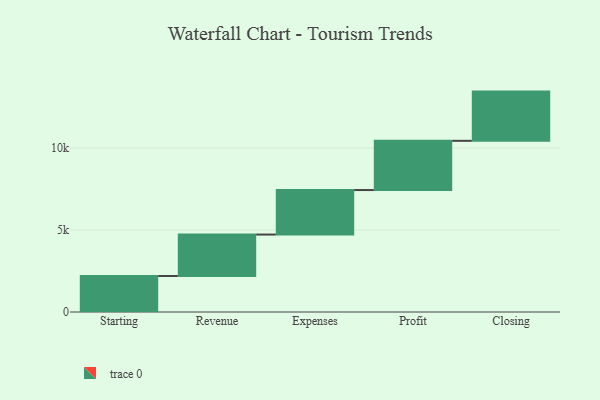
{"axis": {"x": "Step", "y": "Value"}, "legend": [""], "data": [{"x": "Starting", "y": 2193.0, "type": ""}, {"x": "Revenue", "y": 2528.0, "type": ""}, {"x": "Expenses", "y": 2713.0, "type": ""}, {"x": "Profit", "y": 3000, "type": ""}, {"x": "Closing", "y": 3000, "type": ""}]}